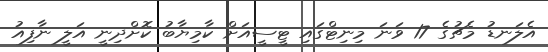
އެލަނޑު މެޗުގެ 17 ވަނަ މިނިޓްގައި ޓީސީއަށް ކާމިޔާބު ކޮށްދިނީ އަލީ ނާފިއު